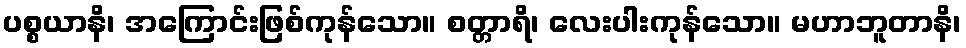
ပစ္စယာနိ၊ အကြောင်းဖြစ်ကုန်သော။ စတ္တာရိ၊ လေးပါးကုန်သော။ မဟာဘူတာနိ၊